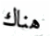
هناك